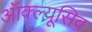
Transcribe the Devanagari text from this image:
ऑक्ल्यूसिव